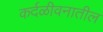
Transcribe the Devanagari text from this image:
कर्दळीवनातील